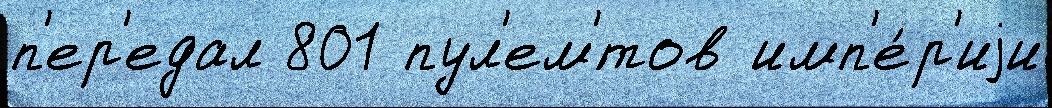
п'ер'едал 801 пул'ем'́тов имп'е́р'иjи